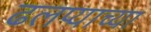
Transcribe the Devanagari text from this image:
ढलप्याच्या